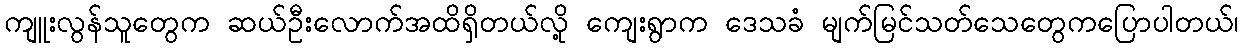
ကျူးလွန်သူတွေက ဆယ်ဦးလောက်အထိရှိတယ်လို့ ကျေးရွာက ဒေသခံ မျက်မြင်သတ်သေတွေကပြောပါတယ်၊